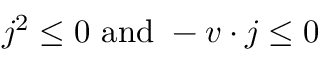
j ^ { 2 } \leq 0 \ \mathrm { a n d } \ - v \cdot j \leq 0